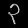
Digit: ၃